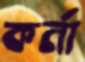
কর্না